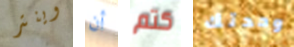
وينتر أن كتم وحدتك